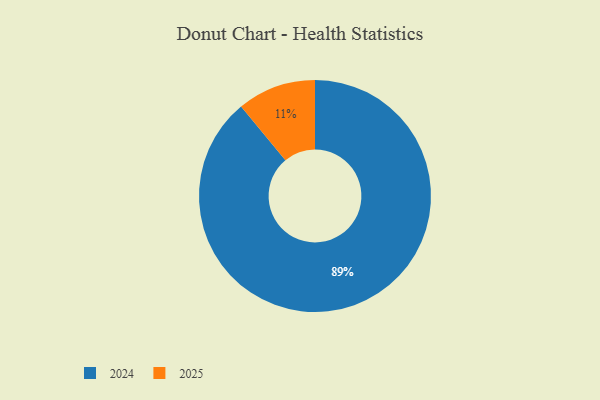
{"axis": {"x": "Category", "y": "Percentage"}, "legend": ["2024", "2025"], "data": [{"x": "2025", "y": 11, "type": "2025"}, {"x": "2024", "y": 89, "type": "2024"}]}